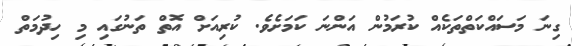
ގިނަ މަސައްކަތްތަކެއް ކުރަމުން އަންނަ ކަމަށެވެ. ކުރިއަށް އޮތް ތަނުގައި މި ހިދުމަތް